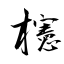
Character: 櫶